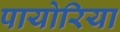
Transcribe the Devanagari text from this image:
पायोरिया